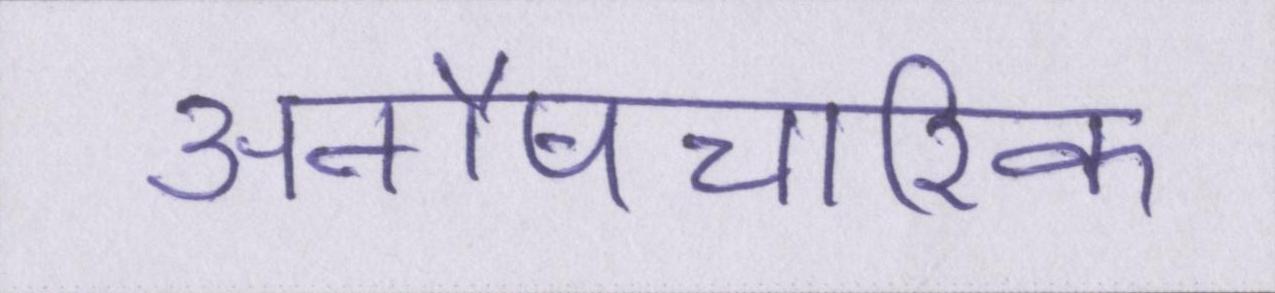
अनौपचारिक